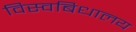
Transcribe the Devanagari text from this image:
विस्वबिधालय